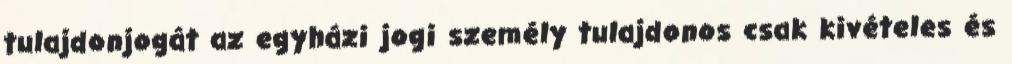
tulajdonjogát az egyházi jogi személy tulajdonos csak kivételes és